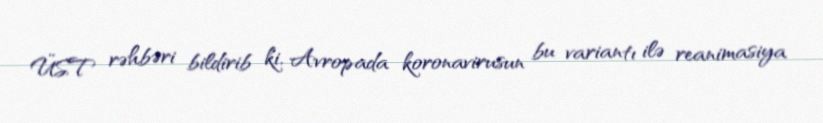
ÜST rəhbəri bildirib ki, Avropada koronavirusun bu variantı ilə reanimasiya